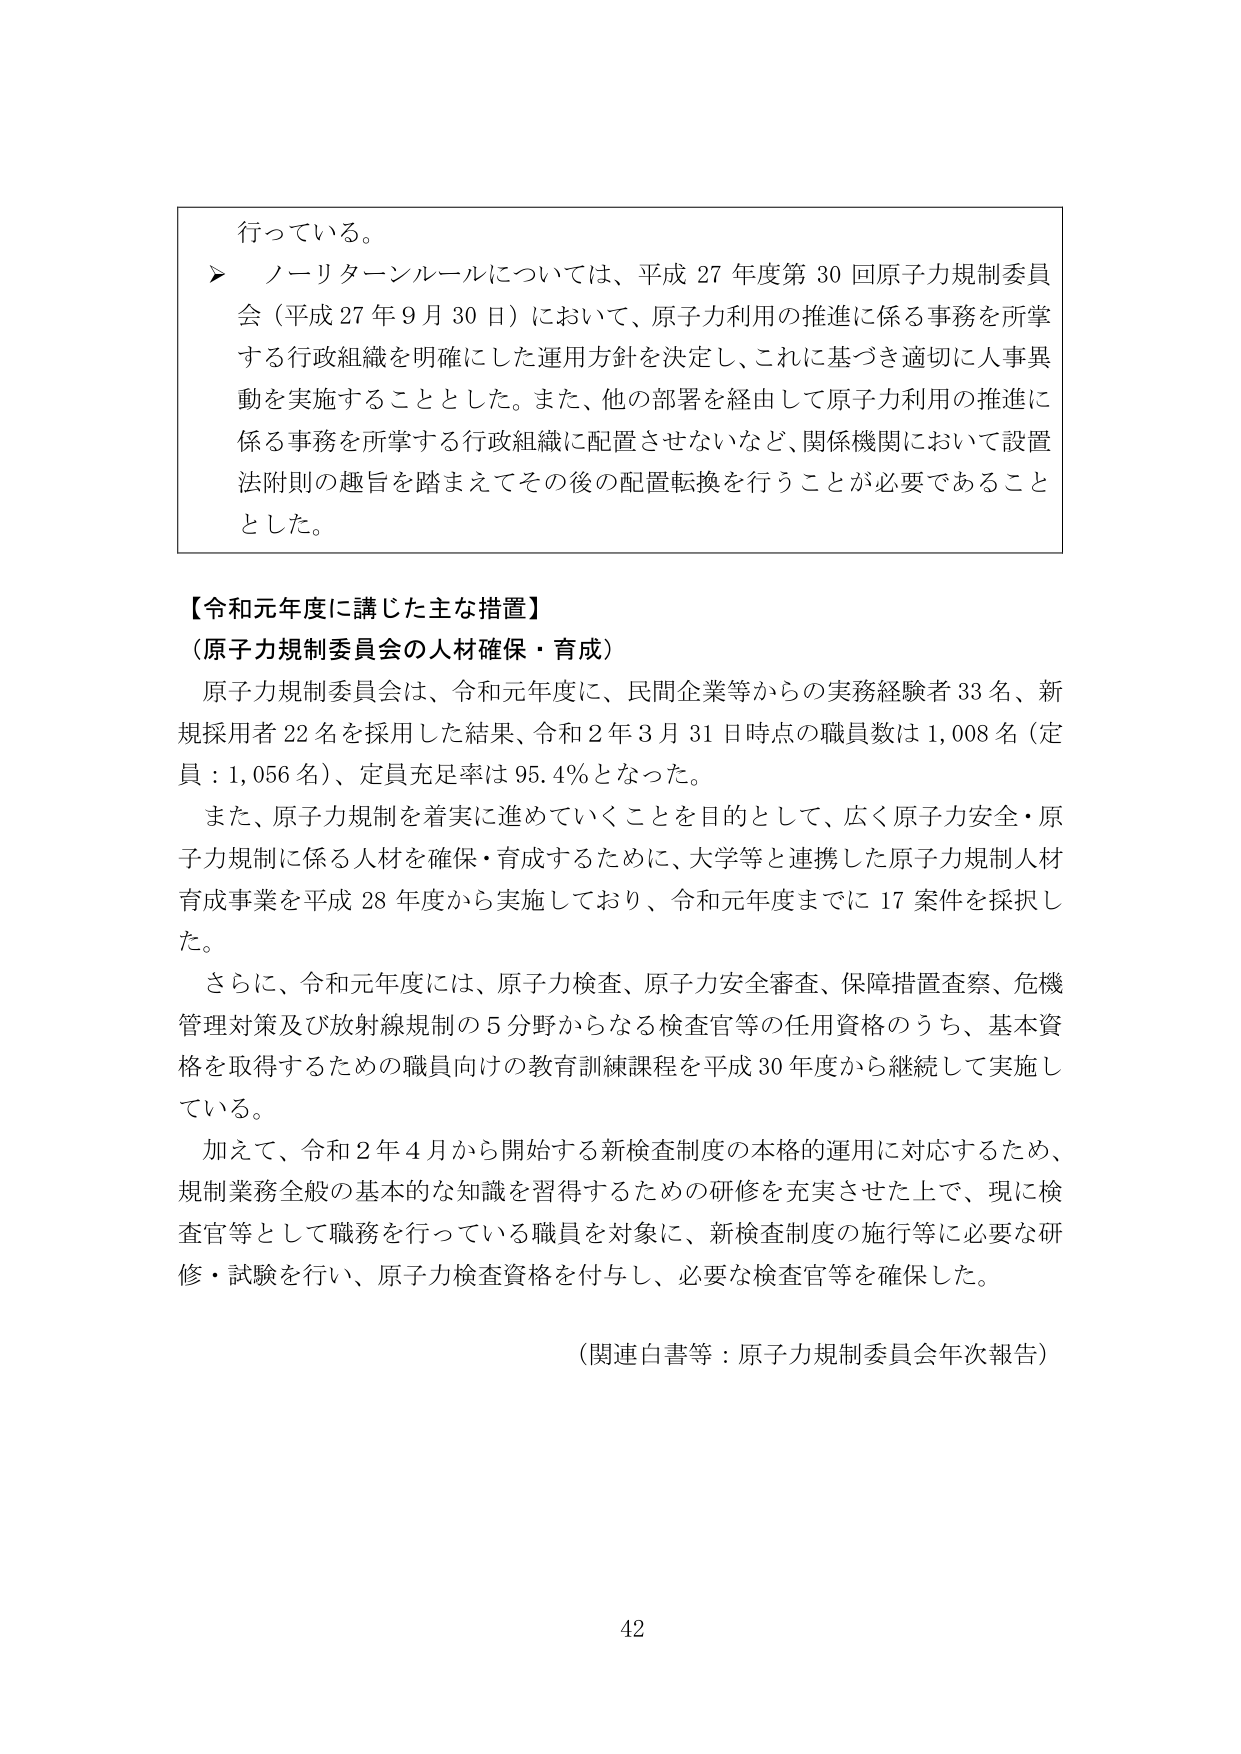
行っている。
➤ ノーリターンルールについては、平成 27 年度第 30 回原子力規制委員会（平成 27 年 9 月 30 日）において、原子力利用の推進に係る事務を所掌する行政組織を明確にした運用方針を決定し、これに基づき適切に人事異動を実施することとした。また、他の部署を経由して原子力利用の推進に係る事務を所掌する行政組織に配置させないなど、関係機関において設置法附則の趣旨を踏まえてその後の配置転換を行うことが必要であることとした。

【令和元年度に講じた主な措置】
（原子力規制委員会の人材確保・育成）
原子力規制委員会は、令和元年度に、民間企業等からの実務経験者 33 名、新規採用者 22 名を採用した結果、令和 2 年 3 月 31 日時点の職員数は 1,008 名（定員：1,056 名）、定員充足率は 95.4％となった。
また、原子力規制を着実に進めていくことを目的として、広く原子力安全・原子力規制に係る人材を確保・育成するために、大学等と連携した原子力規制人材育成事業を平成 28 年度から実施しており、令和元年度までに 17 案件を採択した。
さらに、令和元年度には、原子力検査、原子力安全審査、保障措置査察、危機管理対策及び放射線規制の 5 分野からなる検査官等の任用資格のうち、基本資格を取得するための職員向けの教育訓練課程を平成 30 年度から継続して実施している。
加えて、令和 2 年 4 月から開始する新検査制度の本格的運用に対応するため、規制業務全般の基本的な知識を習得するための研修を充実させた上で、現に検査官等として職務を行っている職員を対象に、新検査制度の施行等に必要な研修・試験を行い、原子力検査資格を付与し、必要な検査官等を確保した。

（関連白書等：原子力規制委員会年次報告）

42